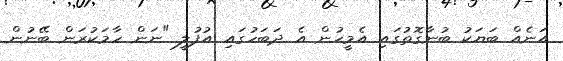
އަނެއް ބަޔަކު ބުނާގޮތުގައި އެމީހުން އެ ދަބަހުގައި އުފުލީ "ނަން ހާމަކުރަން ބޭނުން